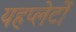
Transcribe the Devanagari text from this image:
यहप्लेटों